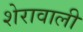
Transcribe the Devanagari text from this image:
शेरावाली